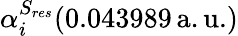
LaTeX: \alpha_{i}^{S_{res}}(0.043989\, \mathrm{a.u.})